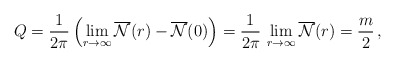
\begin{align*}Q=\frac{1}{2\pi}\left(\lim_{r{\rightarrow}{\infty}}\overline{\cal{N}}(r)-\overline{\cal{N}}(0)\right)=\frac{1}{2\pi}\,\lim_{r{\rightarrow}{\infty}}\overline{\cal{N}}(r)=\frac{m}{2}\,, \end{align*}